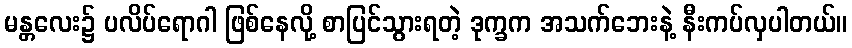
မန္တလေး၌ ပလိပ်ရောဂါ ဖြစ်နေလို့ စာပြင်သွားရတဲ့ ဒုက္ခက အသက်ဘေးနဲ့ နီးကပ်လှပါတယ်။